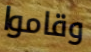
وقاموا